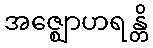
အဇ္ဈောဟရန္တိ